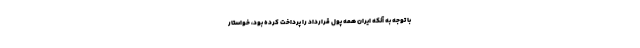
با توجه به آنکه ایران همه پول قرارداد را پرداخت کرده بود، خواستار